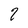
Character: 2